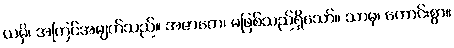
ယမှိ၊ အကြင်အမျက်သည်။ အဇာတေ၊ မဖြစ်သည်ရှိသော်။ သာဓု၊ ကောင်းစွာ။